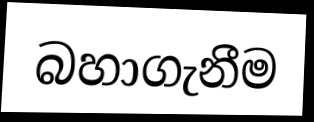
බහාගැනීම